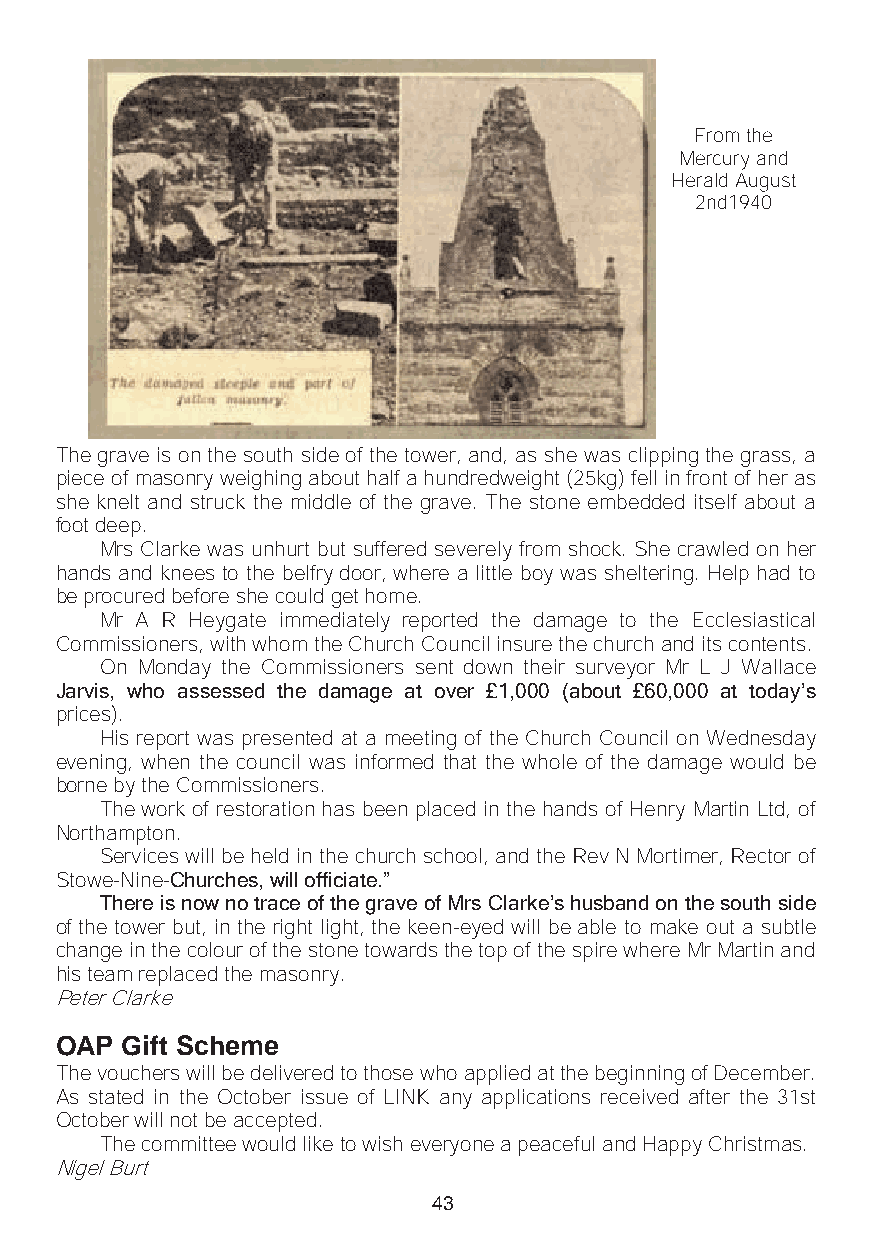
From the
 Mercury and
 Herald August
 2nd1940
 The grave is on the south side of the tower, and, as she was clipping the grass, a
 piece of masonry weighing about half a hundredweight (25kg) fell in front of her as
 she knelt and struck the middle of the grave. The stone embedded itself about a
 foot deep.
 Mrs Clarke was unhurt but suffered severely from shock. She crawled on her
 hands and knees to the belfry door, where a little boy was sheltering. Help had to
 be procured before she could get home.
 Mr A R Heygate immediately reported the damage to the Ecclesiastical
 Commissioners, with whom the Church Council insure the church and its contents.
 On Monday the Commissioners sent down their surveyor Mr L J Wallace
 Jarvis, who assessed the damage at over £1,000 (about £60,000 at today’s
 prices).
 His report was presented at a meeting of the Church Council on Wednesday
 evening, when the council was informed that the whole of the damage would be
 borne by the Commissioners.
 The work of restoration has been placed in the hands of Henry Martin Ltd, of
 Northampton.
 Services will be held in the church school, and the Rev N Mortimer, Rector of
 Stowe-Nine-Churches, will officiate.”
 There is now no trace of the grave of Mrs Clarke’s husband on the south side
 of the tower but, in the right light, the keen-eyed will be able to make out a subtle
 change in the colour of the stone towards the top of the spire where Mr Martin and
 his team replaced the masonry.
 Peter Clarke
 OAP Gift Scheme
 The vouchers will be delivered to those who applied at the beginning of December.
 As stated in the October issue of LINK any applications received after the 31st
 October will not be accepted.
 The committee would like to wish everyone a peaceful and Happy Christmas.
 Nigel Burt
 43